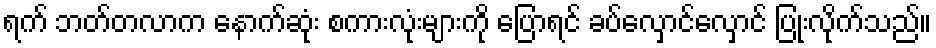
ရက် ဘတ်တလာက နောက်ဆုံး စကားလုံးများကို ပြောရင် ခပ်လှောင်လှောင် ပြုံးလိုက်သည်။